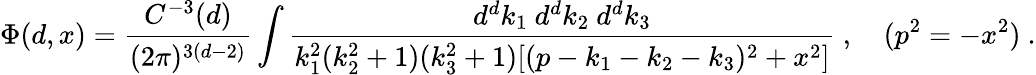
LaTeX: \Phi(d,x)=\frac{C^{-3}(d)}{(2\pi)^{3(d-2)}}\int\frac{d^{d}k_{1}\ d^{d}k_{2}\ d^{d}k_{3}}{k_{1}^{2}(k_{2}^{2}+1)(k_{3}^{2}+1)[(p-k_{1}-k_{2}-k_{3})^{2}+x^{2}]}\ ,\quad(p^{2}=-x^{2})\ .